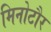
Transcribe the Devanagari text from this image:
मिनोटौर